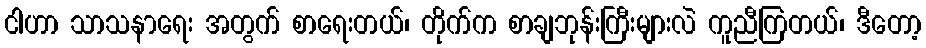
ငါဟာ သာသနာရေး အတွက် စာရေးတယ်၊ တိုက်က စာချဘုန်းကြီးများလဲ ကူညီကြတယ်၊ ဒီတော့